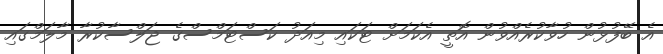
އެ ބޭފުޅުން ހުވާކުރެއްވުން އޮތީ އެކަމަށް ޓަކައި މިއަދު ކަސްޓަމްސްގެ ޖަލްސާކުރާ މާލަމްގައި